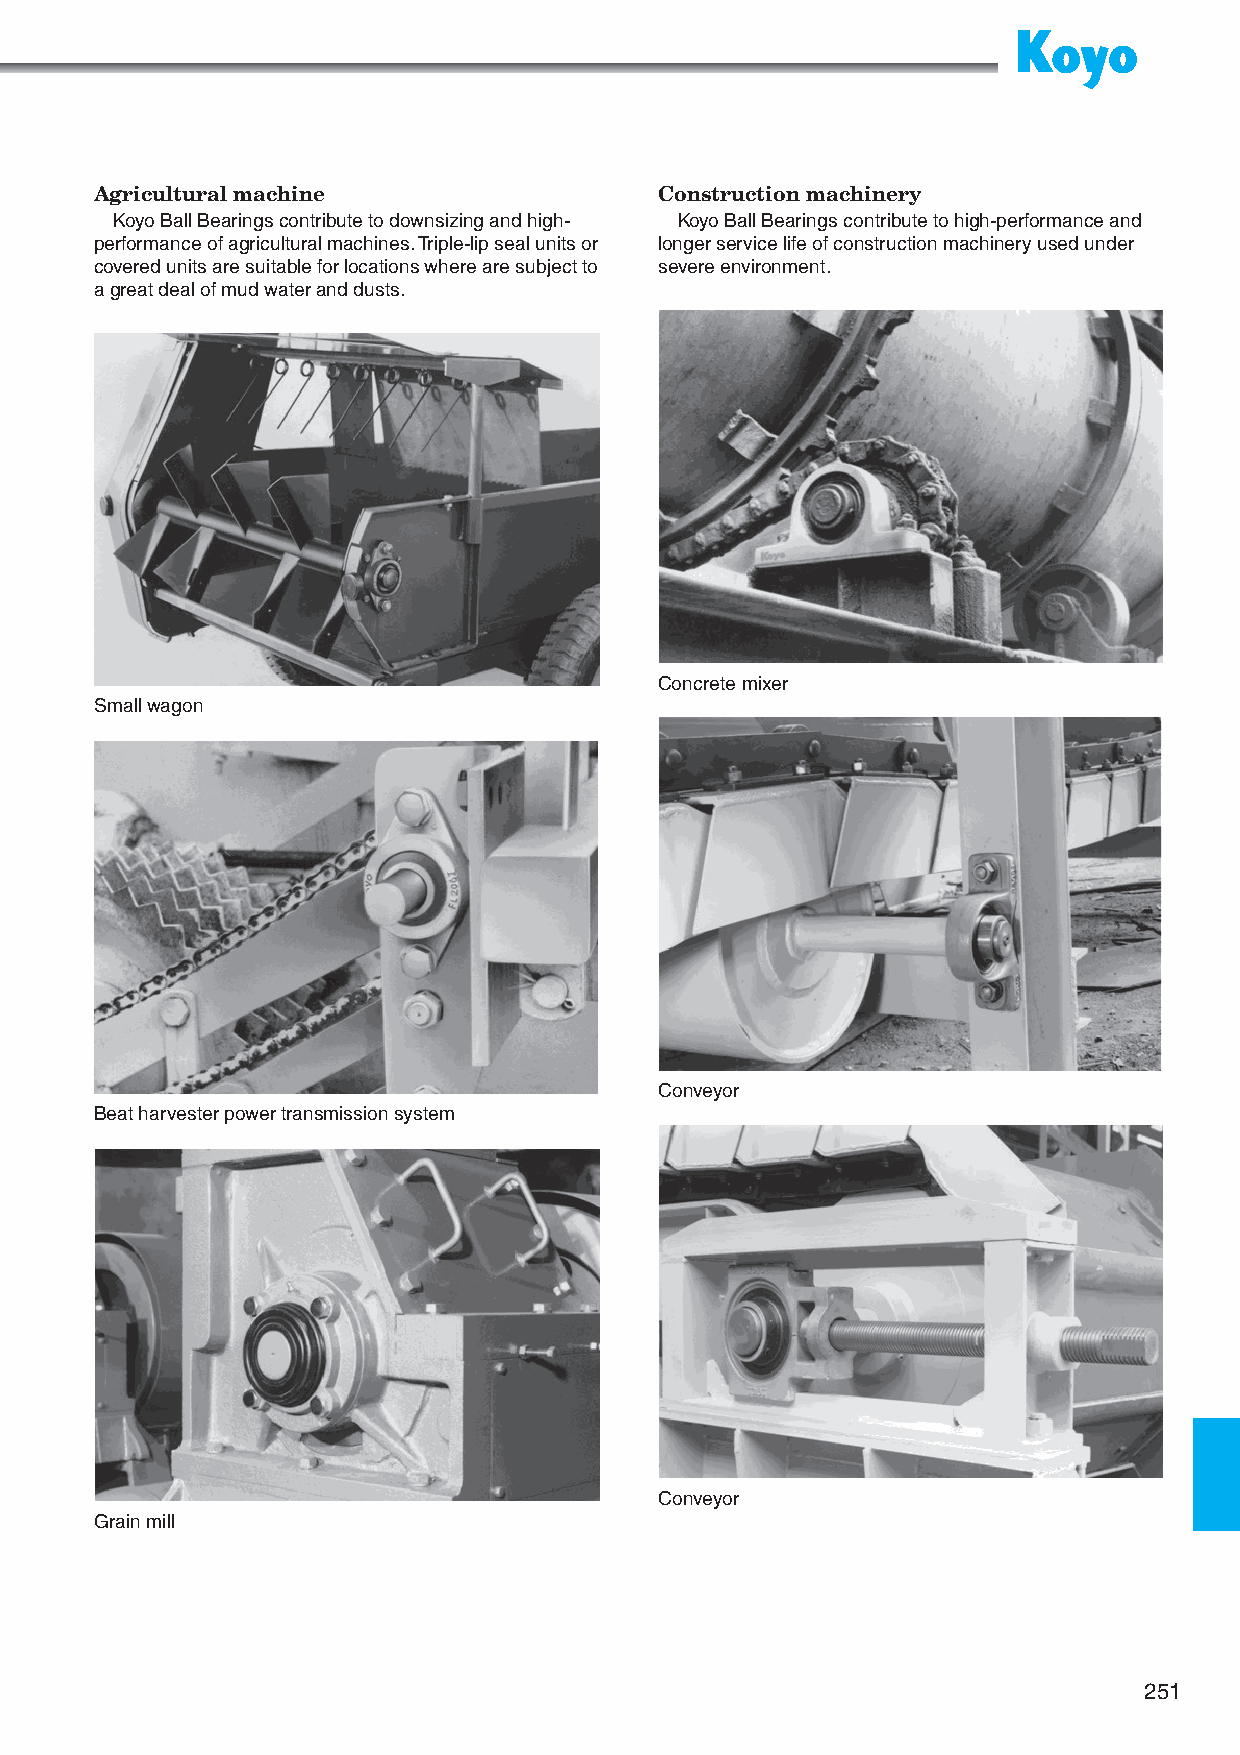
Agricultural machine                  Construction machinery
 Koyo Ball Bearings contribute to downsizing and high- Koyo Ball Bearings contribute to high-performance and
 performance of agricultural machines. Triple-lip seal units or longer service life of construction machinery used under
 covered units are suitable for locations where are subject to severe environment.
 a great deal of mud water and dusts.
 Concrete mixer
 Small wagon
 Conveyor
 Beat harvester power transmission system
 Conveyor
 Grain mill
 251